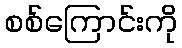
စစ်ကြောင်းကို